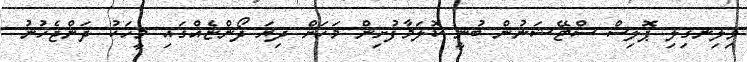
ވިލިނގިލި ޕޮލިސް ސްޓޭޝަނުން ބުނީ ކޮލަމާފުށިން މަހަށް ދިޔަ ދޯންޏެއްގައި މީހަކު ދަންޖެހުނު